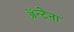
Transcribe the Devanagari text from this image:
ॲन्टेना